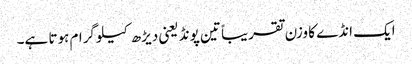
ایک انڈے کا وزن تقریباً تین پونڈ یعنی دیڑھ کیلو گرام ہوتا ہے۔